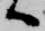
へ